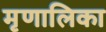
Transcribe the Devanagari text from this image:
मृणालिका